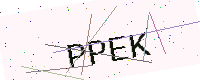
Text: PPEK